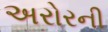
અરોરની